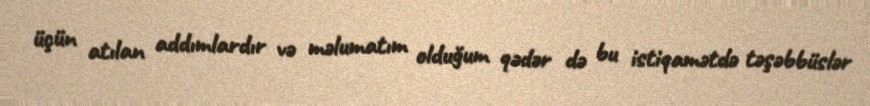
üçün atılan addımlardır və məlumatım olduğum qədər də bu istiqamətdə təşəbbüslər